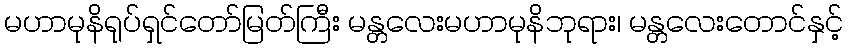
မဟာမုနိရုပ်ရှင်တော်မြတ်ကြီး မန္တလေးမဟာမုနိဘုရား၊ မန္တလေးတောင်နှင့်